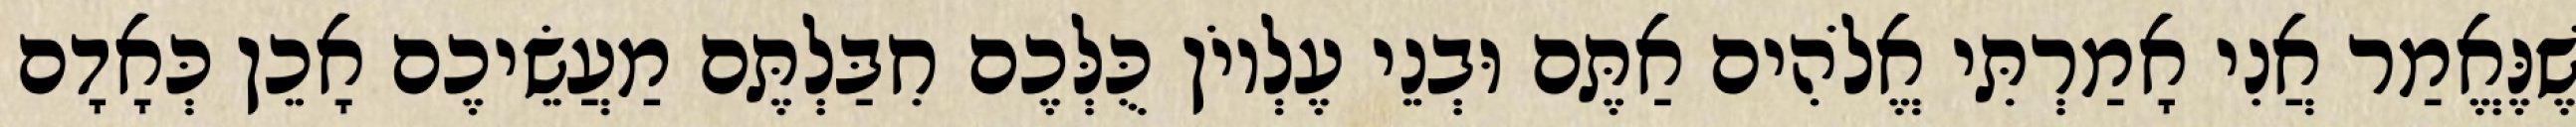
שֶׁנֶּאֱמַר אֲנִי אָמַרְתִּי אֱלֹהִים אַתֶּם וּבְנֵי עֶלְיוֹן כֻּלְּכֶם חִבַּלְתֶּם מַעֲשֵׂיכֶם אָכֵן כְּאָדָם